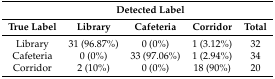
<table><thead><tr><td></td><td colspan="3"><b>Detected Label</b></td><td></td></tr><tr><td><b>True Label</b></td><td><b>Library</b></td><td><b>Cafeteria</b></td><td><b>Corridor</b></td><td><b>Total</b></td></tr></thead><tbody><tr><td>Library</td><td>31 (96.87%)</td><td>0 (0%)</td><td>1 (3.12%)</td><td>32</td></tr><tr><td>Cafeteria</td><td>0 (0%)</td><td>33 (97.06%)</td><td>1 (2.94%)</td><td>34</td></tr><tr><td>Corridor</td><td>2 (10%)</td><td>0 (0%)</td><td>18 (90%)</td><td>20</td></tr></tbody></table>